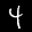
Label: 4